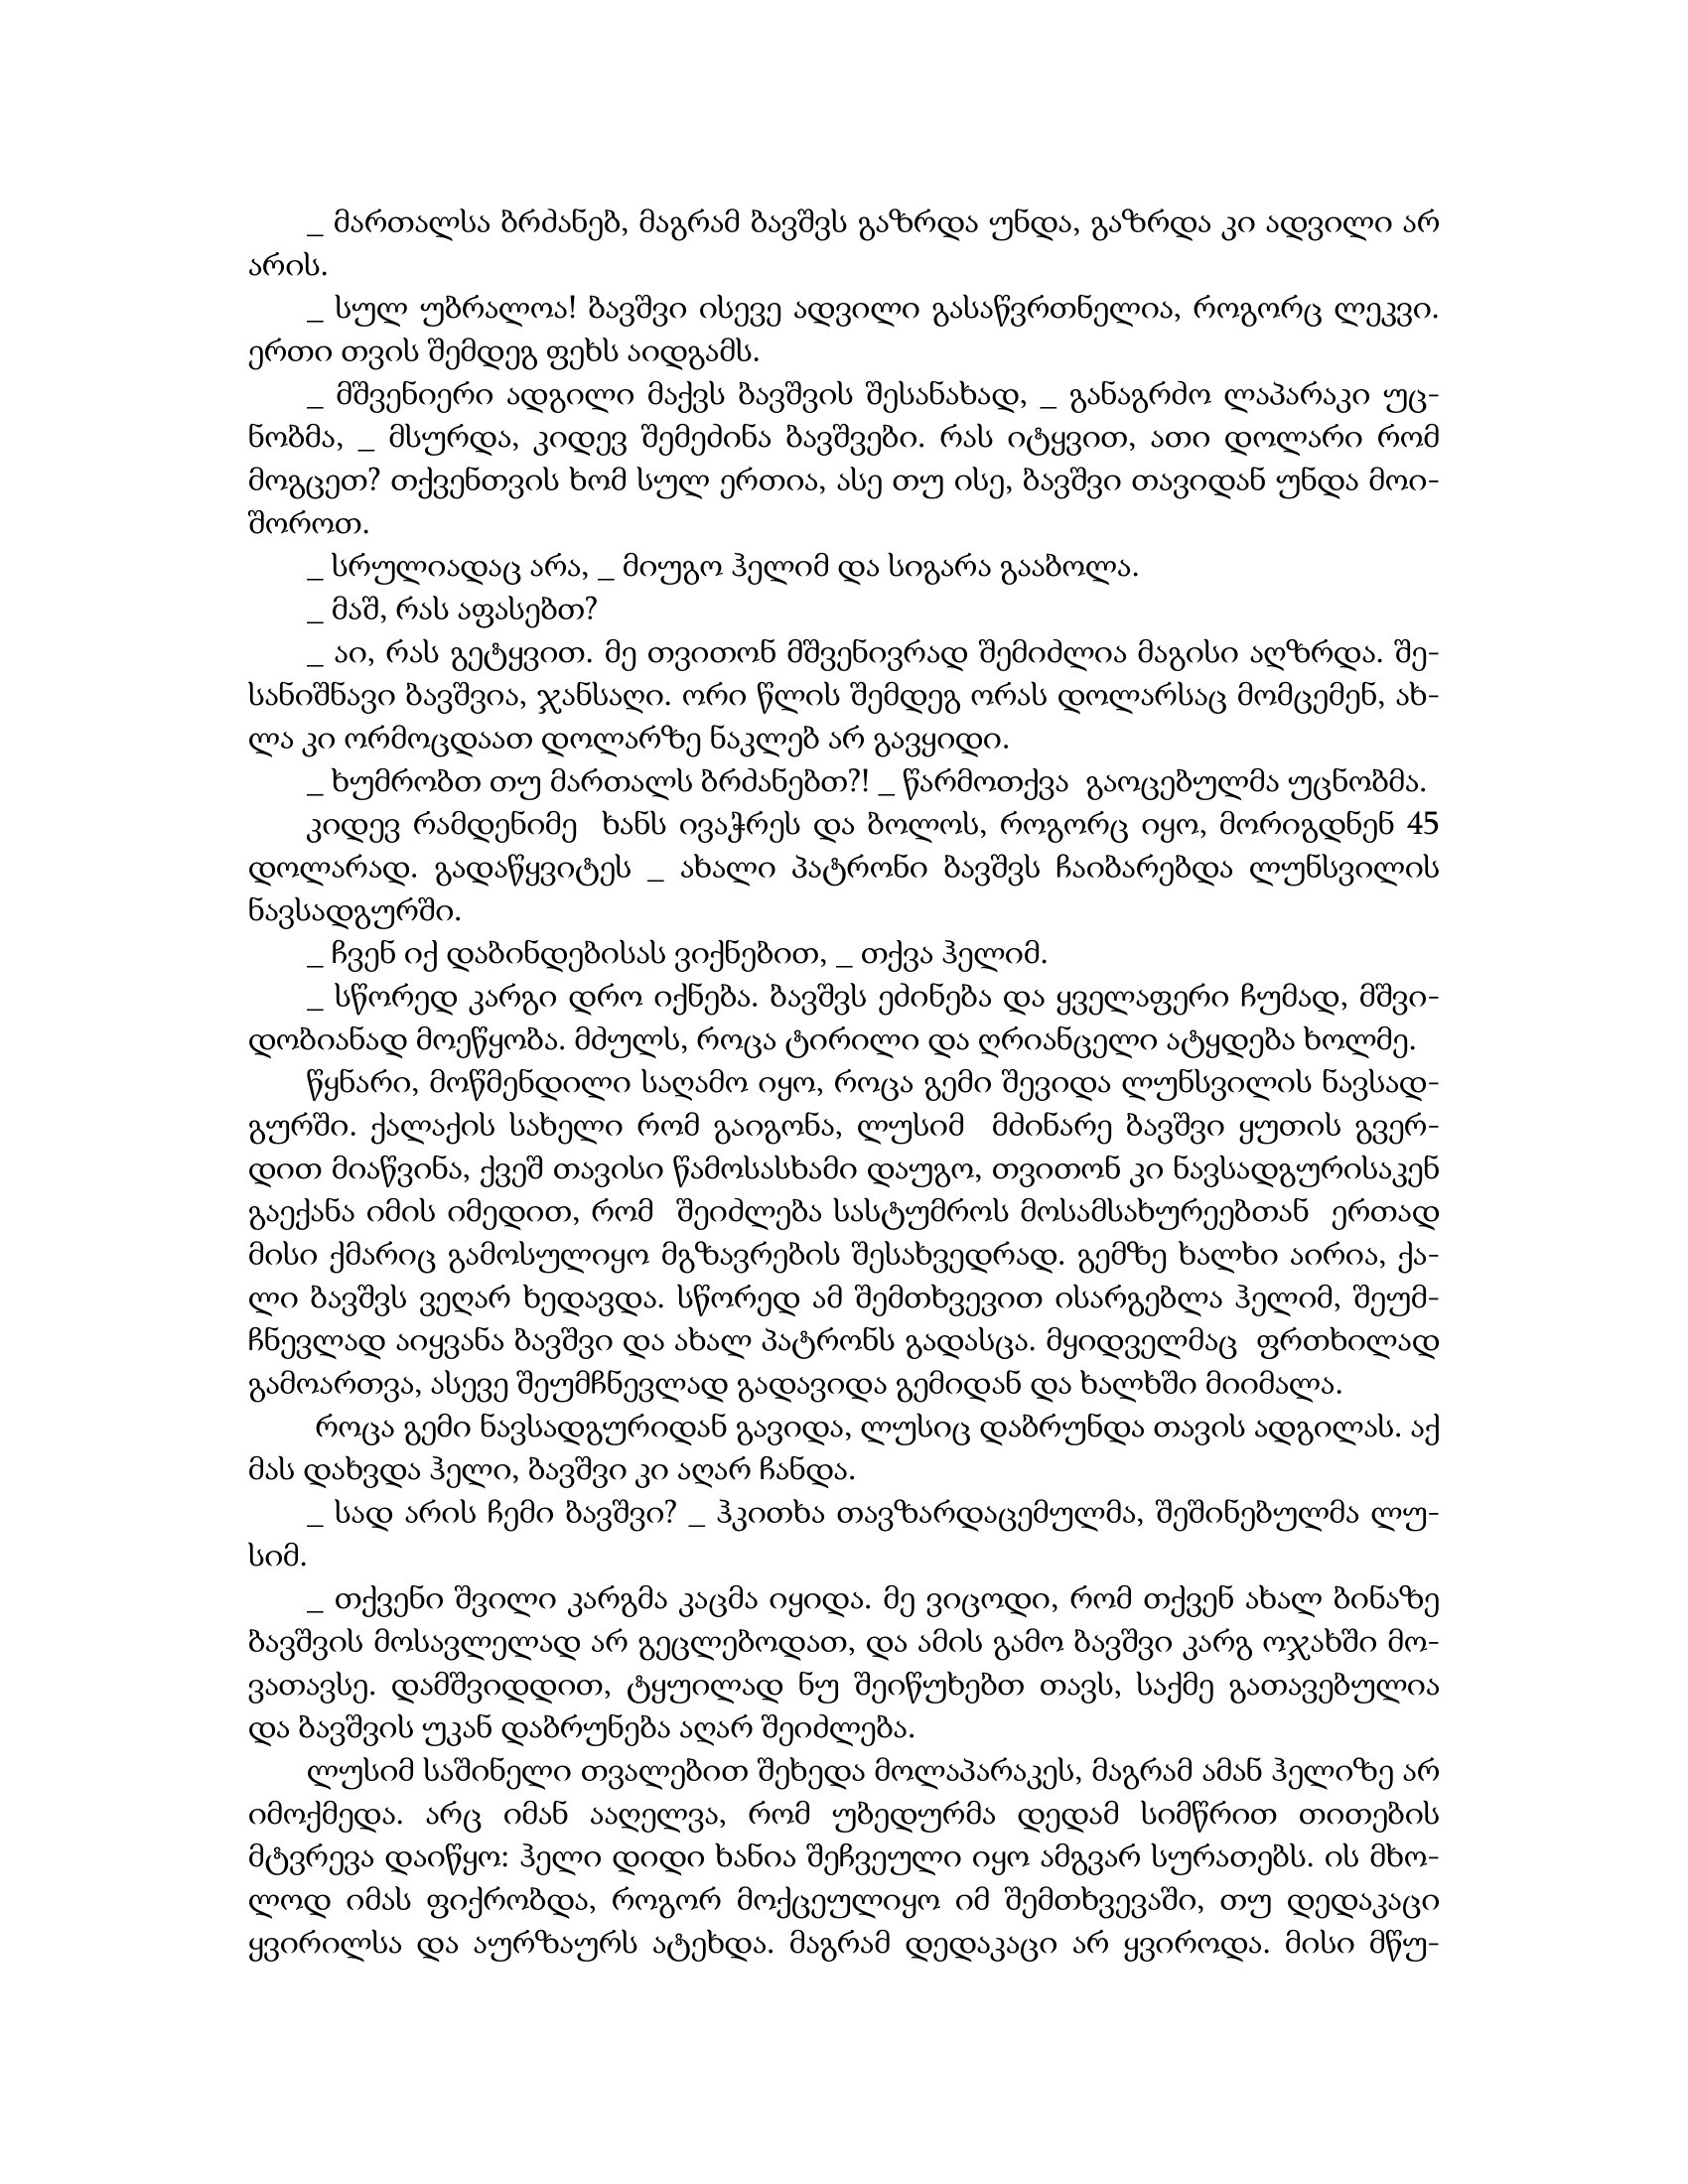
Language: gr